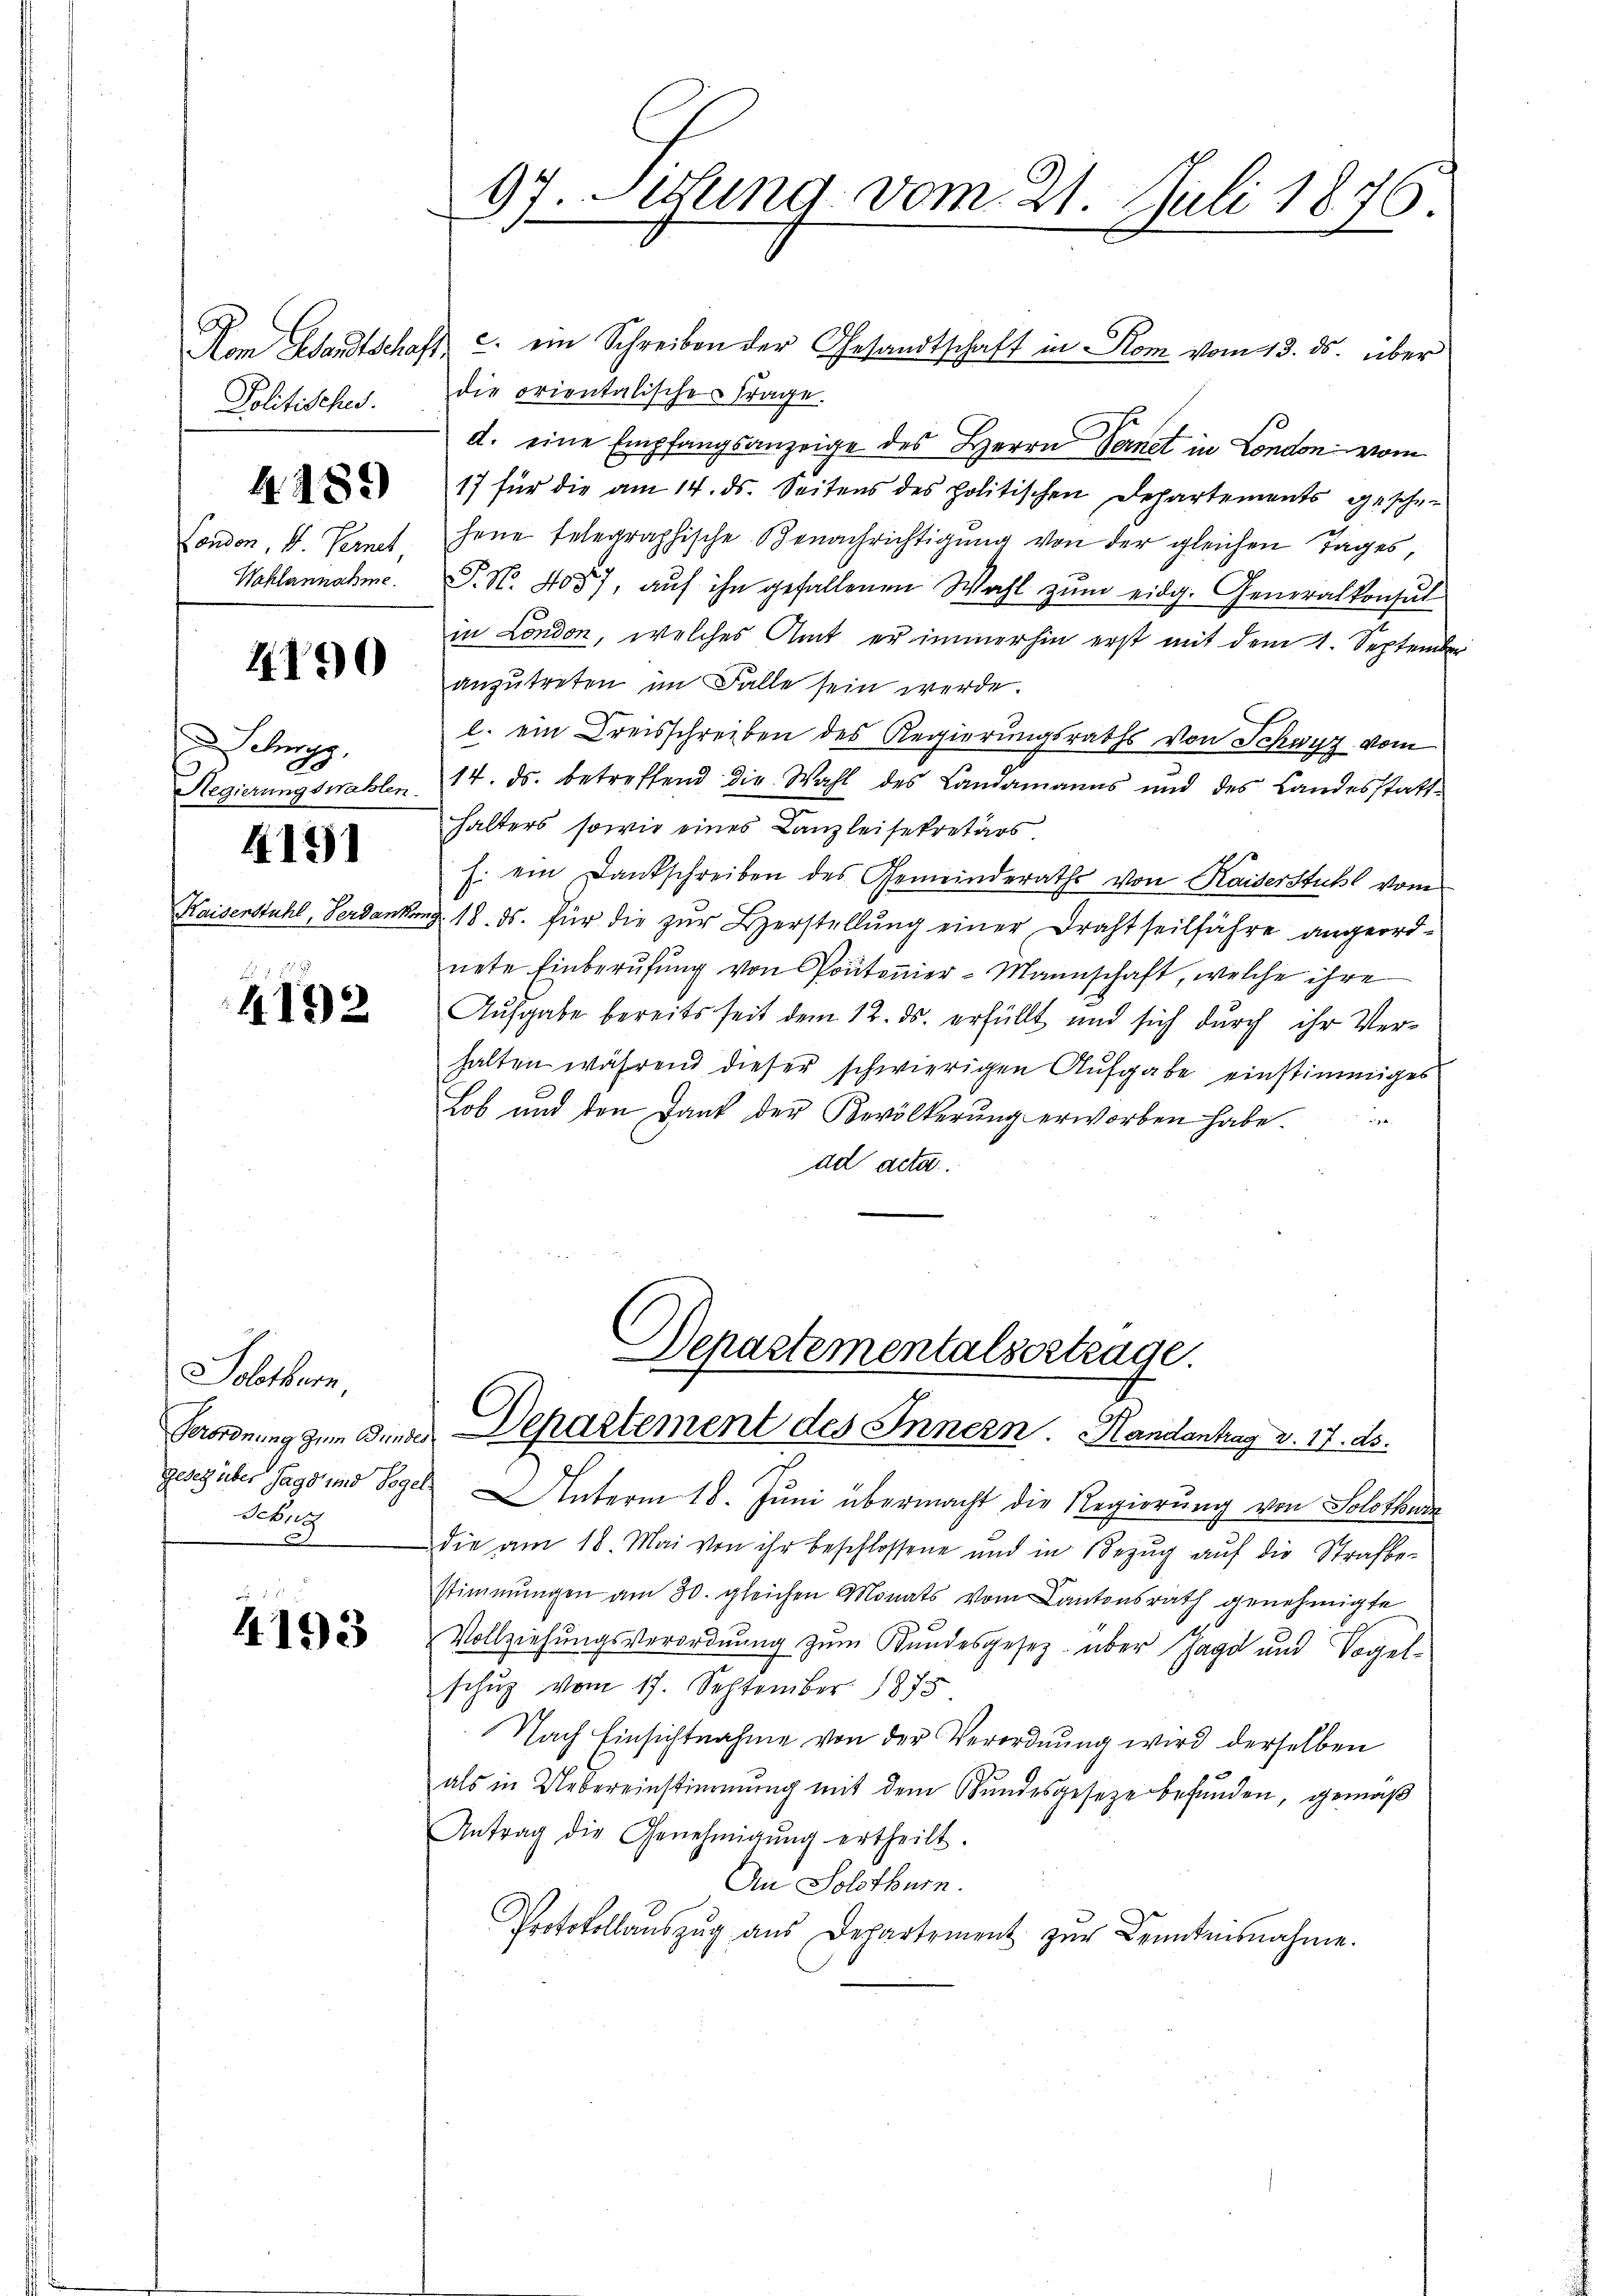
Politisches.

4190

.

4485)

ondon, S. Vernet,
Wahlannahme.

Sching,

191

.
4192

Nom Standtschaft c. ein Schreiben der Gesandtschaft in Rom vom 13. ds. über
die orientalische Frage.
d. eine Empfangsanzeige des Herrn Sanct in London vom
17 für die am 14. ds. Seitens des politischen Departements geschen
hene telegraphische Benachrichtigŭng von der gleichen Tages,
P. Nr. 4057, auf ihn gefallenen Wahl zum eidg. Generalkonsul
in London, welches Amt er immerhin erst mit dem 1. September
anzutreten im Falle sein werde.
l. ein Kreisschreiben des Regierungsraths von Schwyz vom
Regierungswahlen 14. ds. betreffend die Wahl des Landamanns und des Landesstatt-
halters sowie eines Kanzleisekretärs.
J. ein Dankschreiben des Gemeinderaths von Kaiserstuhl vom
Kaisenstuhl, Verdankung 18. ds. für die zŭr Herstellŭng einer Draht seilfahre angeord-
nete Einberufung von Portonier-Mannschaft, welche ihre
Aufgabe bereits seit dem 12. ds. erfüllt und sich durch ihr Verhalten während dieser schwierigen Aufgabe einstimmiges
Lob und den Dank der Bevölkerŭng erworben habe.

ad acta

Solothurn
Uebung

4193

97. Lesung vom 21. Juli 1876.

Departementalsertrage.
Verordnung zum Bunde Departement des Innern Handenhag v. 17. ds.

gesetz über Jagd und Vogel unterm 18. Juni übermacht die Regierung von Solothurn
die am 18. Mai von ihr beschlossene und in Bezug auf die Strafbestimmungen am 30. gleichen Monats vom Cantonsrath genehmigte
Vollziehŭngsverordnŭng zŭm Bŭndesgesetz über Jagd und Vogel-
schŭz vom 17. September 1875.
Nach Einsichtnahme von der Verordnung wird derselben
als in Uebereinstimmung mit dem Bundesgesetze befunden, gemäß
Antrag die Genehmigŭng ertheilt.
An Solothurn.
Protokollauszug aus Departement zur Kenntnisnahme.